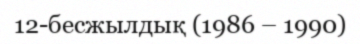
12-бесжылдық (1986 – 1990)